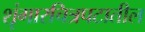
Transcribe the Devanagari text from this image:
शृंगारचित्रपटातील